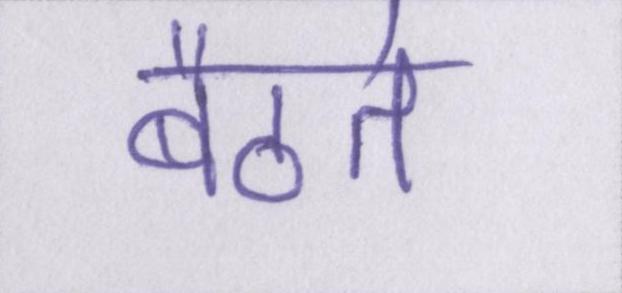
बैठते